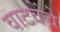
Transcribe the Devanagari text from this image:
वाटवेंचे